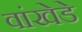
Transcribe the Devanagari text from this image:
वांखेडे